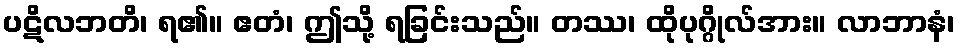
ပဋိလဘတိ၊ ရ၏။ ဧတံ၊ ဤသို့ ရခြင်းသည်။ တဿ၊ ထိုပုဂ္ဂိုလ်အား။ လာဘာနံ၊